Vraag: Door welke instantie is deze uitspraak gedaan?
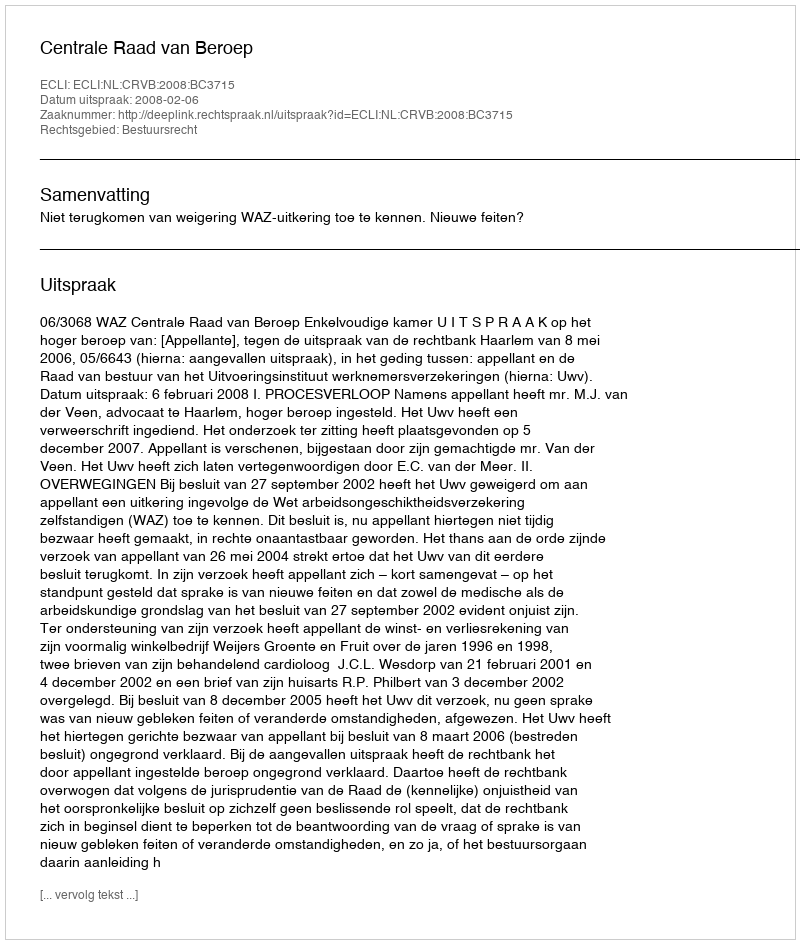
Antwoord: Centrale Raad van Beroep